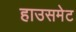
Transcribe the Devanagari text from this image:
हाउसमेट